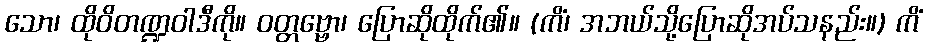
သော၊ ထိုဝိတဏ္ဍဝါဒီကို။ ဝတ္တဗ္ဗော၊ ပြောဆိုထိုက်၏။ (ကိံ၊ အဘယ်သို့ပြောဆိုအပ်သနည်း။) ကိံ